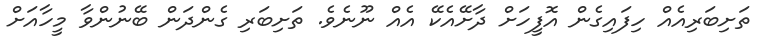
ތަށިބަރިއެއް ހިފައިގެން އޮފީހަށް ދާށޭއެކޭ އެއް ނޫނެވެ. ތަށިބަރި ގެންދަން ބޭނުންވާ މީހާއަށް